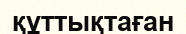
құттықтаған